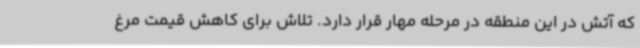
که آتش در این منطقه در مرحله مهار قرار دارد. تلاش برای کاهش قیمت مرغ